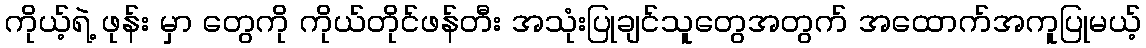
ကိုယ့်ရဲ့ ဖုန်း မှာ တွေကို ကိုယ်တိုင်ဖန်တီး အသုံးပြုချင်သူတွေအတွက် အထောက်အကူပြုမယ့်